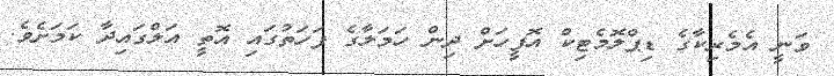
ވަނީ އެމެރިކާގެ ޑިޕްލޮމެޓިކް އޮފީހަށް ދިން ހަމަލާގެ ފަހަތުގައި އޮތީ އަލްގައިދާ ކަމަށެވެ.